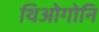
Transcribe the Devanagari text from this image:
थिओगोनि